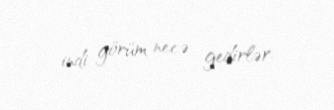
indi görüm necə gedirlər.